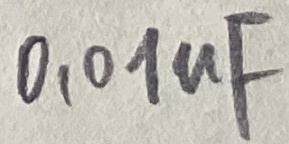
Text: 0,01uF